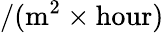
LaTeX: /(\mathrm{m}^{2}\times\mathrm{hour})